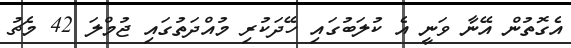
އެގޮތުން އޭނާ ވަނީ އެ ކުލަބުގައި ހޭދަކުރި މުއްދަތުގައި ޖުމްލަ 42 މެޗު